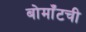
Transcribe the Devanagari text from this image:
बोमाँटची